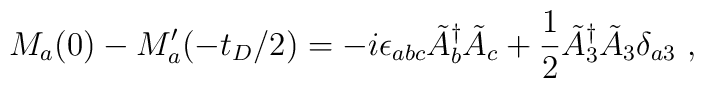
M_a(0)-M'_a(-t_D/2) = -i\epsilon_{abc} \tilde{A}_b^\dagger \tilde{A}_c +\frac{1}{2} \tilde{A}_3^\dagger \tilde{A}_3 \delta_{a3} ~,